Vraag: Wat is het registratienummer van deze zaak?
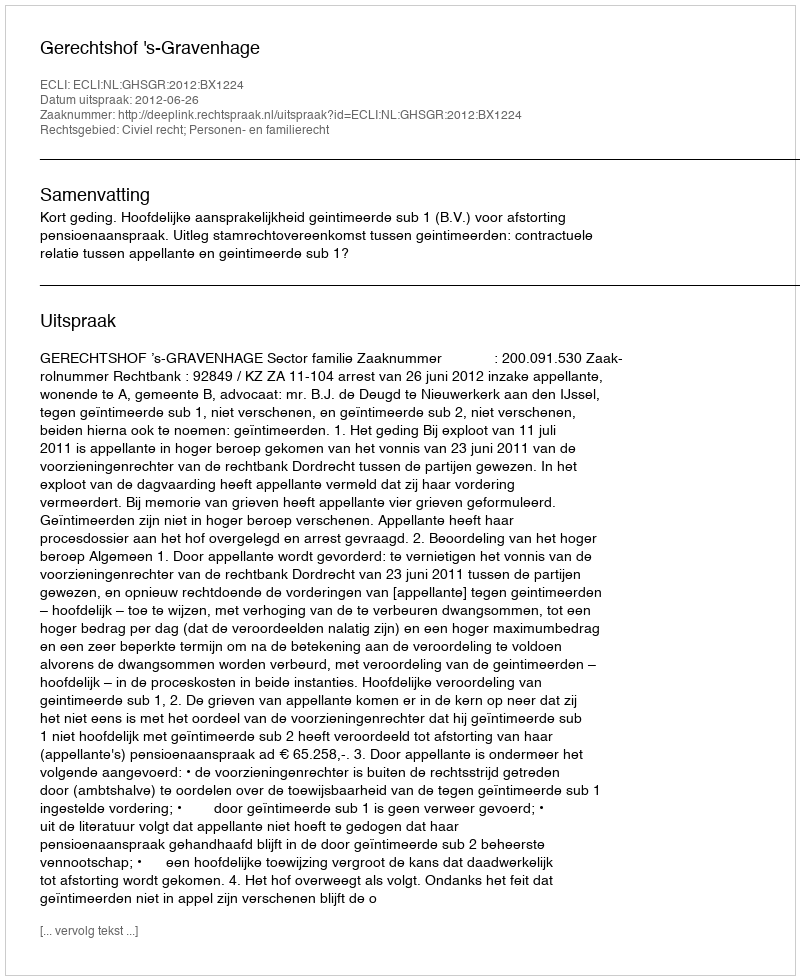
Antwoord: http://deeplink.rechtspraak.nl/uitspraak?id=ECLI:NL:GHSGR:2012:BX1224